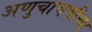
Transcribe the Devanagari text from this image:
अणुचाचणीच्या